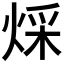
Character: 𤊕